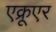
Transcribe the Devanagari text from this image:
एक्रूएर